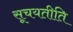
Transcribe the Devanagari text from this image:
सूचयतीति